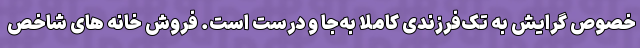
خصوص گرایش به تک‌فرزندی کاملا به‌جا و درست است. فروش خانه های شاخص